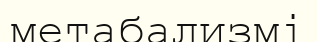
метабализмі